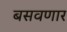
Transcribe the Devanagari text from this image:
बसवणार